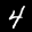
Label: 4